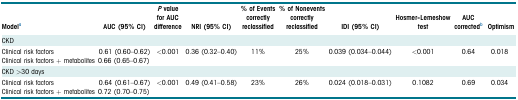
<table><thead><tr><td><b>Modela</b></td><td><b>AUC (95% CI)</b></td><td><b><i>P</i> value for AUC difference</b></td><td><b>NRI (95% CI)</b></td><td><b>% of Events correctly reclassified</b></td><td><b>% of Nonevents correctly reclassified</b></td><td><b>IDI (95% CI)</b></td><td><b>Hosmer–Lemeshow test</b></td><td><b>AUC correctedb</b></td><td><b>Optimism</b></td></tr></thead><tbody><tr><td>CKD</td><td></td><td></td><td></td><td></td><td></td><td></td><td></td><td></td><td></td></tr><tr><td>Clinical risk factorsClinical risk factors + metabolites</td><td>0.61 (0.60–0.62)0.66 (0.65–0.67)</td><td>&lt;0.001</td><td>0.36 (0.32–0.40)</td><td>11%</td><td>25%</td><td>0.039 (0.034–0.044)</td><td>&lt;0.001</td><td>0.64</td><td>0.018</td></tr><tr><td>CKD &gt;30 days</td><td></td><td></td><td></td><td></td><td></td><td></td><td></td><td></td><td></td></tr><tr><td>Clinical risk factorsClinical risk factors + metabolites</td><td>0.64 (0.61–0.67)0.72 (0.70–0.75)</td><td>&lt;0.001</td><td>0.49 (0.41–0.58)</td><td>23%</td><td>26%</td><td>0.024 (0.018–0.031)</td><td>0.1082</td><td>0.69</td><td>0.034</td></tr></tbody></table>